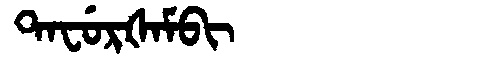
Manchu: ᡨᠠᠸᡠᡵᡧᠠᠮᠪᡳ
Romanization: TAFURŠAMBI